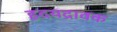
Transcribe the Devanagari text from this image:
ह्रदयद्रावक